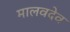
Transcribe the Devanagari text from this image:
मालवदेव